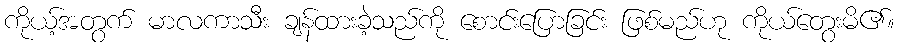
ကိုယ့်အတွက် မာလကာသီး ချန်ထားခဲ့သည်ကို စောင်းပြောခြင်း ဖြစ်မည်ဟု ကိုယ်တွေးမိ၏။